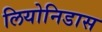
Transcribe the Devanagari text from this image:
लियोनिडास